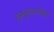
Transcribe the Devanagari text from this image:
गुरूकुलातील